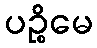
ပဉ္စိမေ